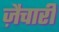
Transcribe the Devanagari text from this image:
ज़ैचारी